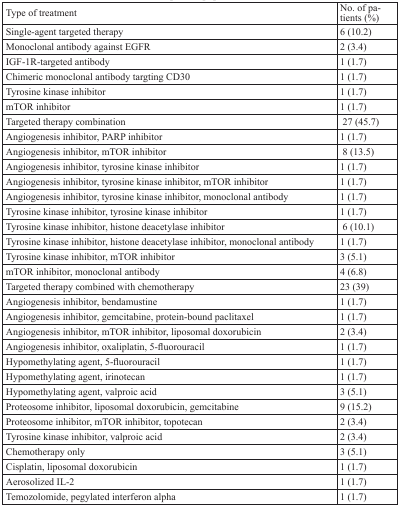
<table><thead><tr><td><b>Type of treatment</b></td><td><b>No. of pa tients (%)</b></td></tr></thead><tbody><tr><td>Single-agent targeted therapy</td><td>6 (10.2)</td></tr><tr><td>Monoclonal antibody against EGFR</td><td>2 (3.4)</td></tr><tr><td>IGF-1R-targeted antibody</td><td>1 (1.7)</td></tr><tr><td>Chimeric monoclonal antibody targting CD30</td><td>1 (1.7)</td></tr><tr><td>Tyrosine kinase inhibitor</td><td>1 (1.7)</td></tr><tr><td>mTOR inhibitor</td><td>1 (1.7)</td></tr><tr><td>Targeted therapy combination</td><td>27 (45.7)</td></tr><tr><td>Angiogenesis inhibitor, PARP inhibitor</td><td>1 (1.7)</td></tr><tr><td>Angiogenesis inhibitor, mTOR inhibitor</td><td>8 (13.5)</td></tr><tr><td>Angiogenesis inhibitor, tyrosine kinase inhibitor</td><td>1 (1.7)</td></tr><tr><td>Angiogenesis inhibitor, tyrosine kinase inhibitor, mTOR inhibitor</td><td>1 (1.7)</td></tr><tr><td>Angiogenesis inhibitor, tyrosine kinase inhibitor, monoclonal antibody</td><td>1 (1.7)</td></tr><tr><td>Tyrosine kinase inhibitor, tyrosine kinase inhibitor</td><td>1 (1.7)</td></tr><tr><td>Tyrosine kinase inhibitor, histone deacetylase inhibitor</td><td>6 (10.1)</td></tr><tr><td>Tyrosine kinase inhibitor, histone deacetylase inhibitor, monoclonal antibody</td><td>1 (1.7)</td></tr><tr><td>Tyrosine kinase inhibitor, mTOR inhibitor</td><td>3 (5.1)</td></tr><tr><td>mTOR inhibitor, monoclonal antibody</td><td>4 (6.8)</td></tr><tr><td>Targeted therapy combined with chemotherapy</td><td>23 (39)</td></tr><tr><td>Angiogenesis inhibitor, bendamustine</td><td>1 (1.7)</td></tr><tr><td>Angiogenesis inhibitor, gemcitabine, protein-bound paclitaxel</td><td>1 (1.7)</td></tr><tr><td>Angiogenesis inhibitor, mTOR inhibitor, liposomal doxorubicin</td><td>2 (3.4)</td></tr><tr><td>Angiogenesis inhibitor, oxaliplatin, 5-fluorouracil</td><td>1 (1.7)</td></tr><tr><td>Hypomethylating agent, 5-fluorouracil</td><td>1 (1.7)</td></tr><tr><td>Hypomethylating agent, irinotecan</td><td>1 (1.7)</td></tr><tr><td>Hypomethylating agent, valproic acid</td><td>3 (5.1)</td></tr><tr><td>Proteosome inhibitor, liposomal doxorubicin, gemcitabine</td><td>9 (15.2)</td></tr><tr><td>Proteosome inhibitor, mTOR inhibitor, topotecan</td><td>2 (3.4)</td></tr><tr><td>Tyrosine kinase inhibitor, valproic acid</td><td>2 (3.4)</td></tr><tr><td>Chemotherapy only</td><td>3 (5.1)</td></tr><tr><td>Cisplatin, liposomal doxorubicin</td><td>1 (1.7)</td></tr><tr><td>Aerosolized IL-2</td><td>1 (1.7)</td></tr><tr><td>Temozolomide, pegylated interferon alpha</td><td>1 (1.7)</td></tr></tbody></table>